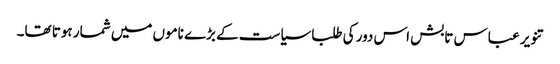
تنویر عباس تابش اس دور کی طلبا سیاست کے بڑے ناموں میں شمار ہوتا تھا۔